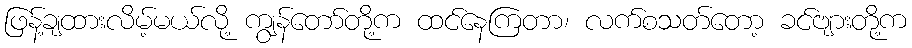
ဖြန့်ချထားလိမ့်မယ်လို့ ကျွန်တော်တို့က ထင်နေကြတာ၊ လက်စသတ်တော့ ခင်ဗျားတို့က